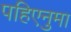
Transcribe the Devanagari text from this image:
पहिएनुमा